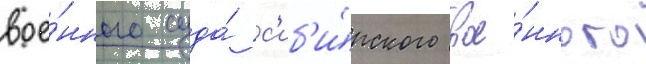
вое́нного суда́ с'иб'и́рского вое́нного